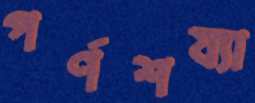
পর্ণশয্যা